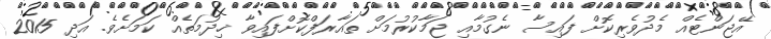
އޭޖަންޓެއް މެދުވެރިކޮށް ފައިސާ ނެގުމާއި ޖަމާކުރުމަށް ތައާރަފްކޮށްފައިވާ ޚިދުމަތެއް ކަމަށެވެ. އަދި 2015